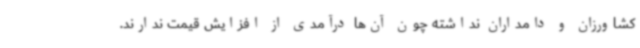
کشاورزان و دامداران نداشته چون آن‌ها درآمدی از افزایش قیمت ندارند.